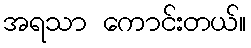
အရသာ ကောင်းတယ်။